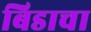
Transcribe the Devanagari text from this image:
बिडाचा